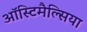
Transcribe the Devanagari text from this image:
ऑस्टिमैल्सिया